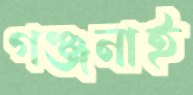
গঞ্জনাই